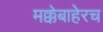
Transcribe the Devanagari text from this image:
मक्केबाहेरच